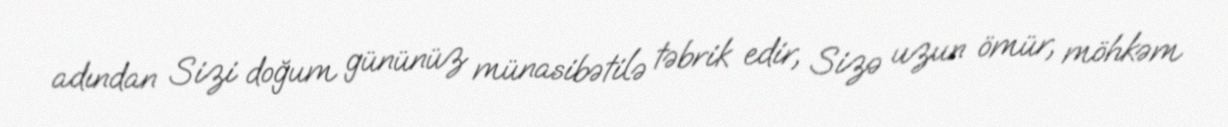
adından Sizi doğum gününüz münasibətilə təbrik edir, Sizə uzun ömür, möhkəm